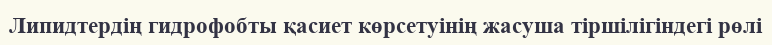
Липидтердің гидрофобты қасиет көрсетуінің жасуша тіршілігіндегі рөлі